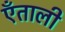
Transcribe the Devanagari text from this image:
एँताली